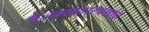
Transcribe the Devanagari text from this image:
बेजबाबदारपणाचे